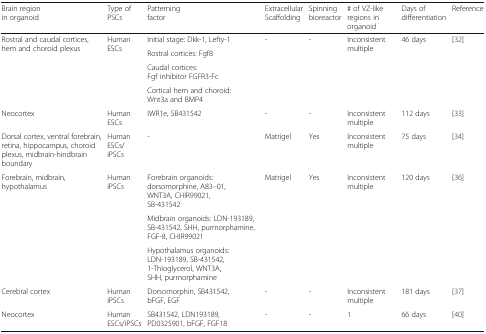
<table><thead><tr><td><b>Brain region in organoid</b></td><td><b>Type of PSCs</b></td><td><b>Patterning factor</b></td><td><b>Extracellular Scaffolding</b></td><td><b>Spinning bioreactor</b></td><td><b># of VZ-like regions in organoid</b></td><td><b>Days of differentiation</b></td><td><b>Reference</b></td></tr></thead><tbody><tr><td rowspan="4">Rostral and caudal cortices, hem and choroid plexus</td><td rowspan="4">Human ESCs</td><td>Initial stage: Dkk-1, Lefty-1</td><td rowspan="4">-</td><td rowspan="4">-</td><td rowspan="4">Inconsistent multiple</td><td rowspan="4">46 days</td><td rowspan="4">[32]</td></tr><tr><td>Rostral cortices: Fgf8</td></tr><tr><td>Caudal cortices: Fgf inhibitor FGFR3-Fc</td></tr><tr><td>Cortical hem and choroid: Wnt3a and BMP4</td></tr><tr><td>Neocortex</td><td>Human ESCs</td><td>IWR1e, SB431542</td><td>-</td><td>-</td><td>Inconsistent multiple</td><td>112 days</td><td>[33]</td></tr><tr><td>Dorsal cortex, ventral forebrain, retina, hippocampus, choroid plexus, midbrain-hindbrain boundary</td><td>Human ESCs/iPSCs</td><td>-</td><td>Matrigel</td><td>Yes</td><td>Inconsistent multiple</td><td>75 days</td><td>[34]</td></tr><tr><td rowspan="3">Forebrain, midbrain, hypothalamus</td><td rowspan="3">Human iPSCs</td><td>Forebrain organoids: dorsomorphine, A83–01, WNT3A, CHIR99021, SB-431542</td><td rowspan="3">Matrigel</td><td rowspan="3">Yes</td><td rowspan="3">Inconsistent multiple</td><td rowspan="3">120 days</td><td rowspan="3">[36]</td></tr><tr><td>Midbrain organoids: LDN-193189, SB-431542, SHH, purmorphamine, FGF-8, CHIR99021</td></tr><tr><td>Hypothalamus organoids: LDN-193189, SB-431542, 1-Thioglycerol, WNT3A, SHH, purmorphamine</td></tr><tr><td>Cerebral cortex</td><td>Human iPSCs</td><td>Dorsomorphin, SB431542, bFGF, EGF</td><td>-</td><td>-</td><td>Inconsistent multiple</td><td>181 days</td><td>[37]</td></tr><tr><td>Neocortex</td><td>Human ESCs/iPSCs</td><td>SB431542, LDN193189, PD0325901, bFGF, FGF18</td><td>-</td><td>-</td><td>1</td><td>66 days</td><td>[40]</td></tr></tbody></table>